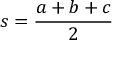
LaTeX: s = { \frac { a + b + c } { 2 } }